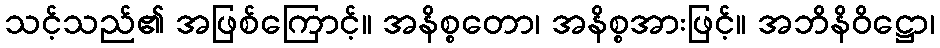
သင့်သည်၏ အဖြစ်ကြောင့်။ အနိစ္စတော၊ အနိစ္စအားဖြင့်။ အဘိနိဝိဋ္ဌော၊